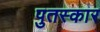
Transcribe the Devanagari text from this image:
पुतस्कार